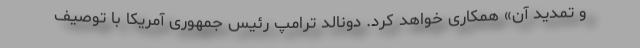
و تمدید آن» همکاری خواهد کرد. دونالد ترامپ رئیس جمهوری آمریکا با توصیف